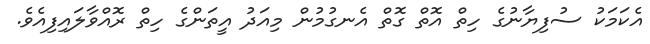
އެކަމަކު ސުފިޔާނުގެ ހިތް އޮތް ގޮތް އެނގުމުން މިއަދު އީތަންގެ ހިތް ރޮއްވާލައިފިއެވެ.